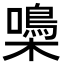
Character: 𡂢